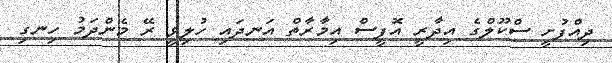
ދިއްފުށީ ސްކޫލްގެ އިދާރީ އޮފީސް އިމާރާތް އަނދައި ހުލިވީ ރޭ މެންދަމު ހިނގި